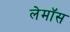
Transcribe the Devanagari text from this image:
लेमॉस